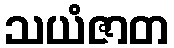
သယံဇာတ